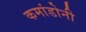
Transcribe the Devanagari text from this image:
कमांडोनी